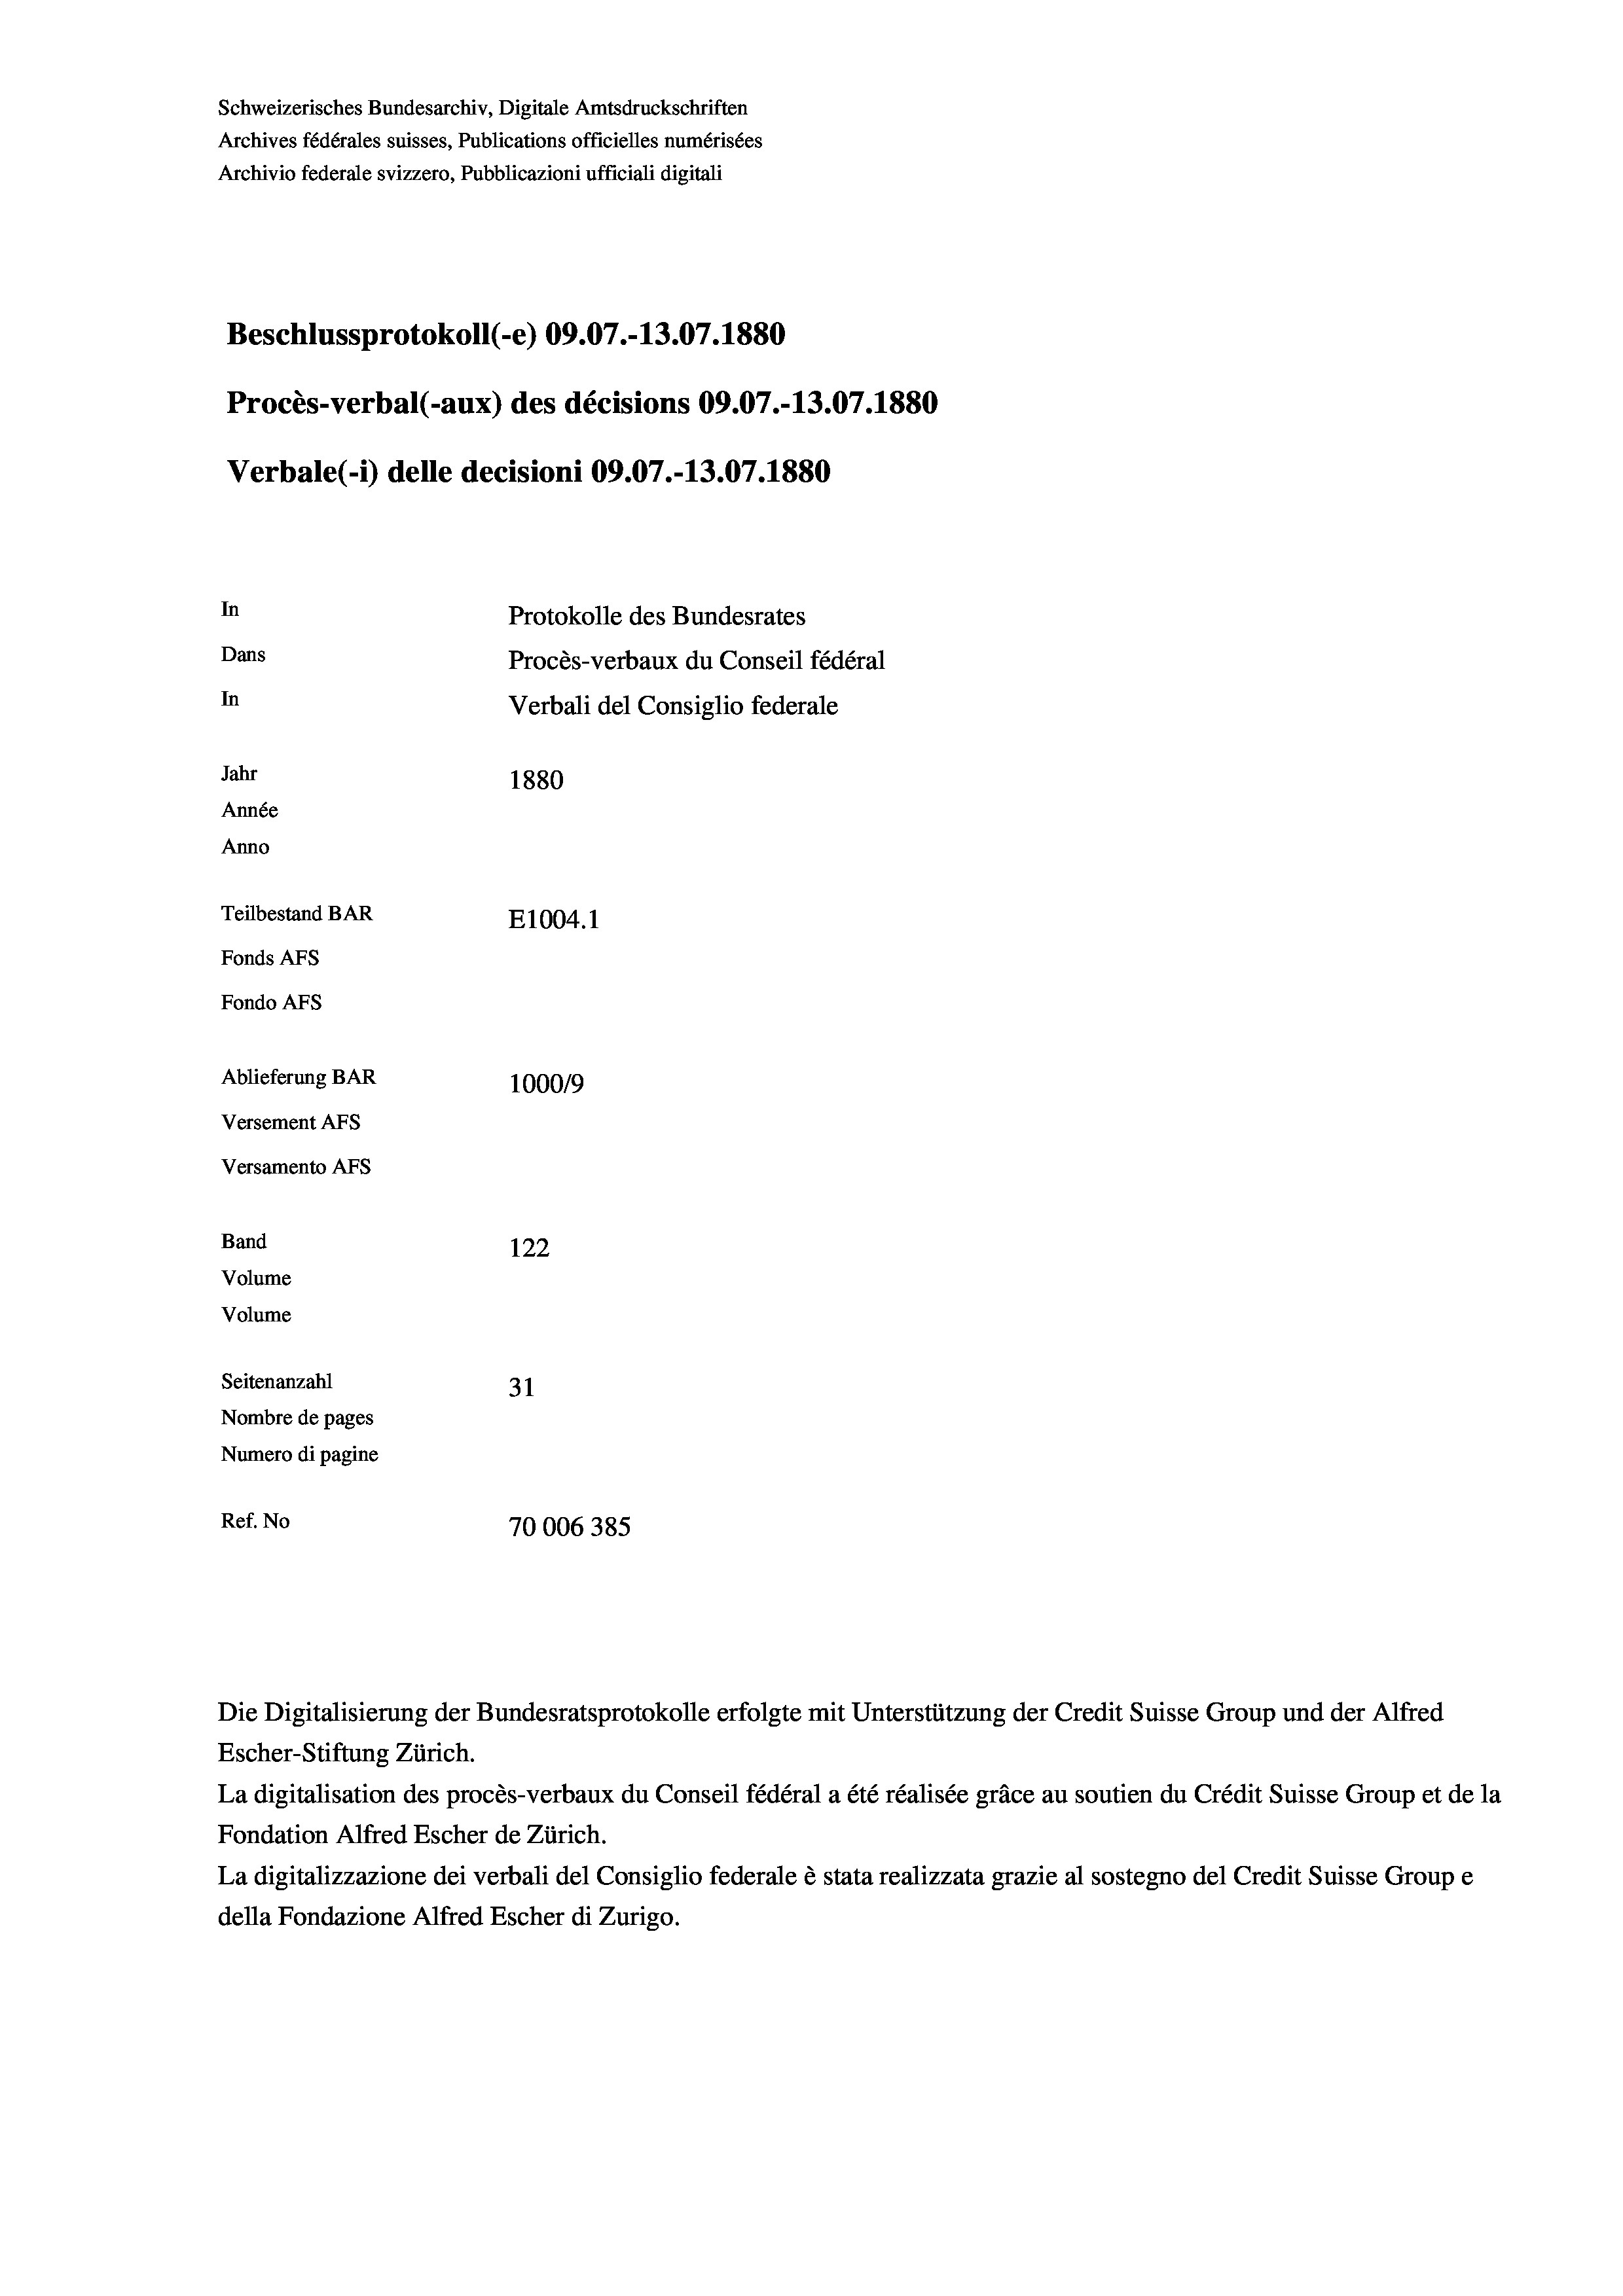
Schweizerisches Bundesarchiv, Digitale Amtsdruckschriften
Archives fédérales suisses, Publications officielles numérisées
Archivio federale svizzero, Pubblicazioni ufficiali digitali
Beschlussprotokoll (-e) 09.07.-13.07.1880
Procès-verbal (-aux) des décisions 09.07.-13.07.1880
Verbale (- 1) delle decisioni 09.07.-13.07. 1880
In
Protokolle des Bundesrates
Dans
Procès-verbaux du Conseil fédéral
In
Verbali del Consiglio federale
Jahr
1880
Année
Anno
Teilbestand BAR
E1004.1
Fonds AFs
Fondo AFS
Ablieferung BAR
100019
Versement AFs
Versamento Afs
Band
122

Volume
Volume
Seitenanzahl
31
Nombre de pages
Numero di pagine
Ref. No
70006385

Escher-Stiftung Zürich.
La digitalisation des procès-verbaux du Conseil fédéral a été réalisée gräce au soutien du Crédit Suisse Group et de la
Fondation Alfred Escher de Zürich.
La digitalizzazione dei verbali del Consiglio federale è stata realizzata grazie al sostegno del Credit Suisse Groupe
della Fondazione Alfred Escher di Zurigo.

Die Digitalisierung der Bundesratsprotokolle erfolgte mit Unterstützung der Credit Suisse Group und der Alfred